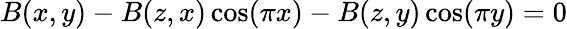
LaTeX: B(x,y)-B(z,x)\cos(\pi x)-B(z,y)\cos(\pi y)=0